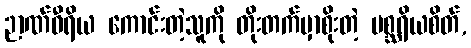
ဉာဏ်ဝီရိယ ကောင်းတဲ့သူကို တိုးတက်မှာစိုးတဲ့ မစ္ဆရိယစိတ်,